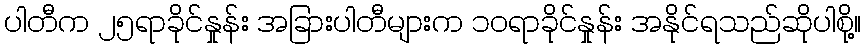
ပါတီက ၂၅ရာခိုင်နှုန်း အခြားပါတီများက ၁၀ရာခိုင်နှုန်း အနိုင်ရသည်ဆိုပါစို့။